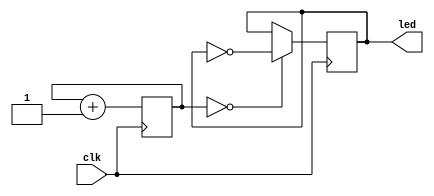
`timescale 1ns / 1ps
//////////////////////////////////////////////////////////////////////////////////
// Company: 
// Engineer: 
// 
// Design Name: 
// Module Name:    test 
// Project Name: 
// Target Devices: 
// Tool versions: 
// Description: 
//
// Dependencies: 
//
// Revision: 
// Revision 0.01 - File Created
// Additional Comments: 
//
//////////////////////////////////////////////////////////////////////////////////
module test(
    input clk,
    output [3:0] led
    );
	 
reg [25:0] counter;
reg [3:0]  val;

always @(posedge clk) begin
	counter <= counter + 1;
	if (counter == 0)
		val <= ~val;
end

assign led = val;

endmodule